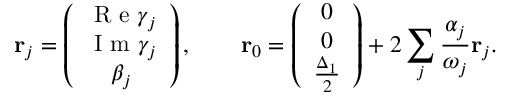
\mathbf { r } _ { j } = \left( \begin{array} { c } { \textrm { R e } \gamma _ { j } } \\ { \textrm { I m } \gamma _ { j } } \\ { \beta _ { j } } \end{array} \right) , \qquad \mathbf { r } _ { 0 } = \left( \begin{array} { c } { 0 } \\ { 0 } \\ { \frac { \Delta _ { 1 } } { 2 } } \end{array} \right) + 2 \sum _ { j } \frac { \alpha _ { j } } { \omega _ { j } } \mathbf { r } _ { j } .